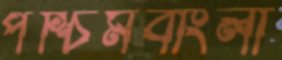
পশ্চিমবাংলা